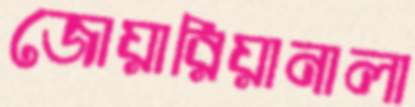
জোয়ারিয়ানালা